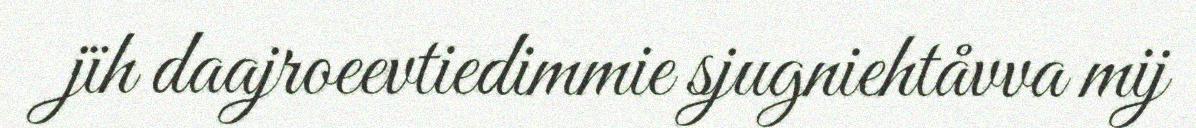
jïh daajroeevtiedimmie sjugniehtåvva mij